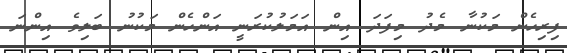
ފިރިހެން މަކުނާ މެދު މިފަދަ އިން އަމަލުކުރަނީ އަންހެން މަކުނު ބަލިވެ އިންނަ